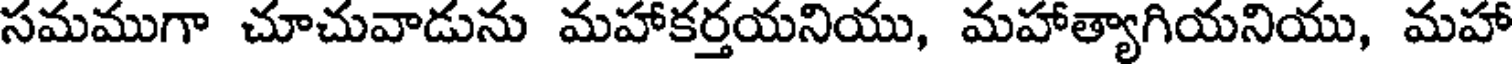
సమముగా చూచువాడును మహాకర్తయనియు, మహాత్యాగియనియు, మహా